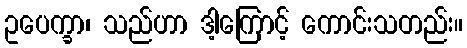
ဥပေက္ခာ၊ သည်ဟာ ဒါ့ကြောင့် ကောင်းသတည်း။